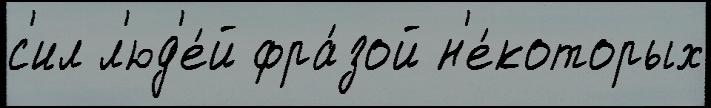
с'ил л'юд'е́й фра́зой н'е́которых